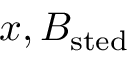
x , B _ { \mathrm { s t e d } }